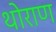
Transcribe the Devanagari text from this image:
थोराण